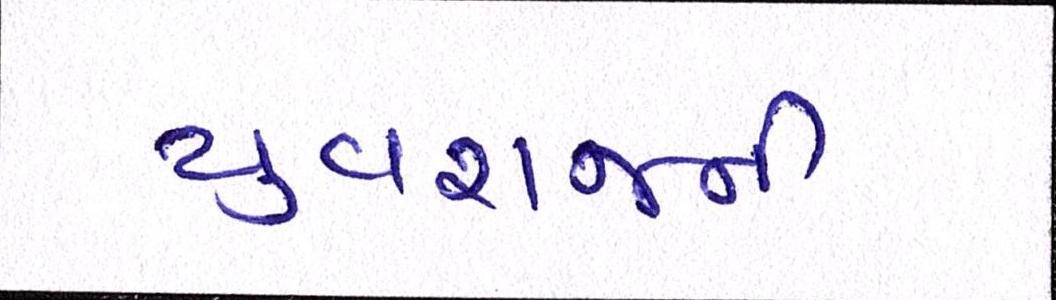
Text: યુવરાજની